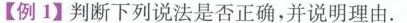
【例1】判断下列说法是否正确，并说明理由。